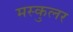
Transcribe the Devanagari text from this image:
मस्कुलर